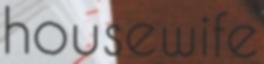
housewife